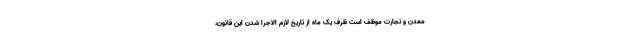
معدن و تجارت موظف است ظرف یک ماه از تاریخ لازم الاجرا شدن این قانون،